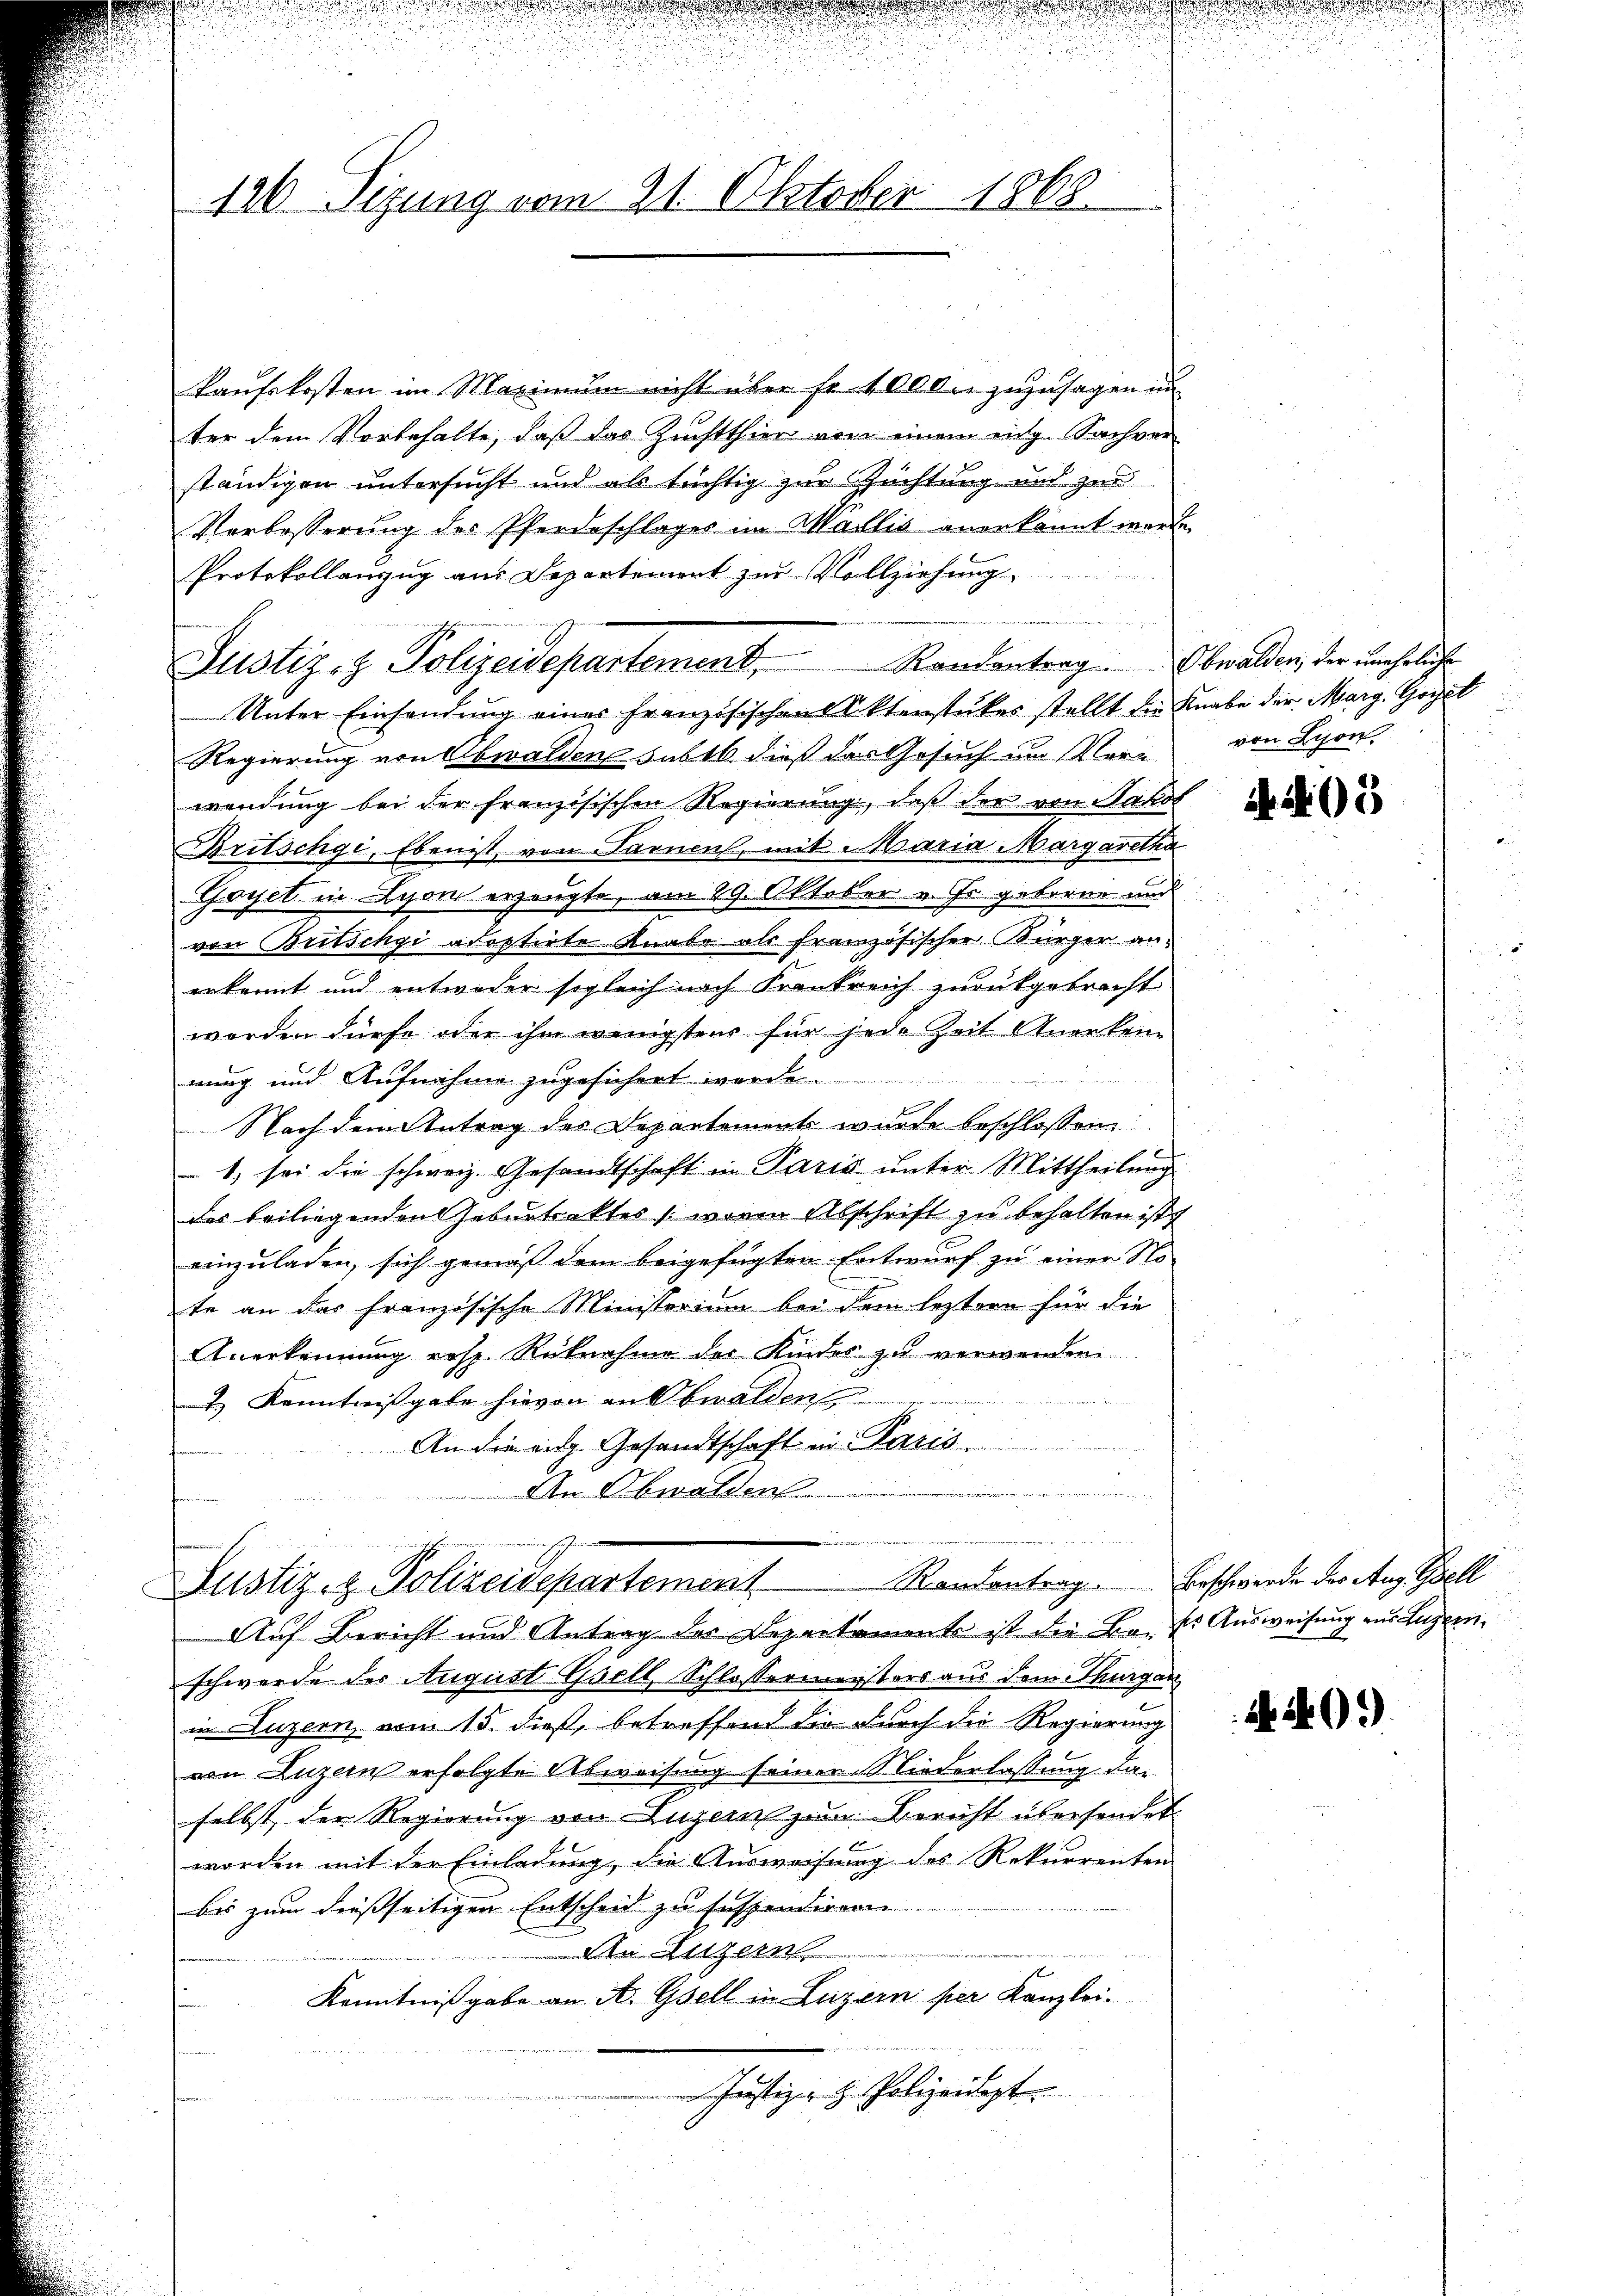
126. Sizung vom 21. Oktober 1868.

kaufskosten im Maximum nicht über fr. 1000. zuzusagen in
ter dem Vorbehalte, daß das Zuchtthier von einem entg. Sachver
ständigen untersucht und als tüchtig zur Zuchtung und zur
Verbesserung des Pferdeschlages im Wallis anerkannt werde
Protokollauszug aus Departement zŭr Vollziehung
Unter Einsendung einer Französischen Aktenstückes stellt die Knabe der Marg. Geset
Regierung von Obwalden sub 16 dieß das Gesuch um Vere
wendung bei der französischen Regierung, daß der von Jakob
Britschgi, Eben ist, von Farnen, mit Maria Margaretha
Goyet in Lyon erzeugte, am 29. Oktober v. Es geboren und
von Britschgi abestirte Knabe als französischer Kürzer anerkannt und entweder sogleich nach Krankreich zurückgebracht
worden dürfe oder ihm wenigstens für jede Zeit Anerkenn
nung und Aufnahme zugesichert werden.
Nach dem Antrag der Departement wurde beschlossen
1. sei die schweiz. Gesandtschaft in Paris unter Mittheilung
des beiliegenden Geburtraktes (wieen Abschrift zu behalten ist.
einzuladen, sich gemäß dem beigefügten Entwurf zu einer No
te an das französische Ministerium bei dem leztere für die
Anerkennung resp. Rücknahme der Kinder zu verwenden
2.) Kenntnisgabe hievon an Obwalden
An die eige Gesandtschaft in Paris.
An Obwalden
n
i

Justiz- & Polizeidepartement. Kandentrag. Obwalden, der uneheliche

n

.

Justiz- & Polizeisepartement Randantrag. Beschwerde der Aug. Gell
Auf Bericht und Antrag der Departamente ist die Bek. Ausweisung aus Luzern,

schwerde der August Gselt, Schlossermeisters aus dem Thurgan
in Luzern, vom 15. dieß, betreffend die durch die Regierung
von Luzern erfolgte Abweisung seiner Niederlassung daselbst der Regierung von Luzern zum Bericht übersendet
worden mit der Einladung, die Ausweisung des Rekurrenten
bis zum dießseitigen Entscheid zu suspendieren.
An Luzern
Kenntnißgabe an A. Gsell in Luzern per Kanzlei-
 Justizir H. Polizeidigt.

.
von Lison.

A. 405

240.)